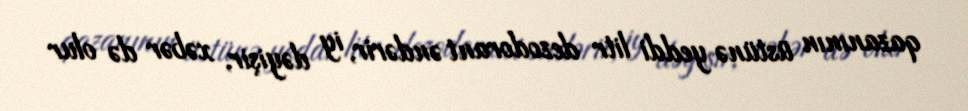
qazanının üstünə yeddi litr dezodorant əndərir, iy dəyişir, xəbər də olur